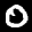
Label: 0